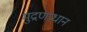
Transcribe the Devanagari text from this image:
मुद्रणप्रधान